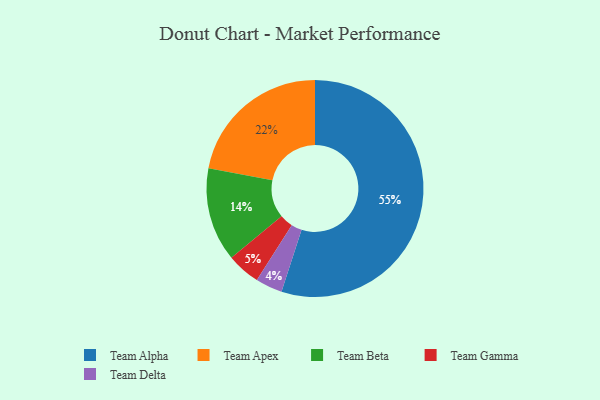
{"axis": {"x": "Category", "y": "Percentage"}, "legend": ["Team Alpha", "Team Apex", "Team Beta", "Team Delta", "Team Gamma"], "data": [{"x": "Team Alpha", "y": 55, "type": "Team Alpha"}, {"x": "Team Beta", "y": 14, "type": "Team Beta"}, {"x": "Team Apex", "y": 22, "type": "Team Apex"}, {"x": "Team Gamma", "y": 5, "type": "Team Gamma"}, {"x": "Team Delta", "y": 4, "type": "Team Delta"}]}